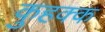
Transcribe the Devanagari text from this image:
कुहक्क